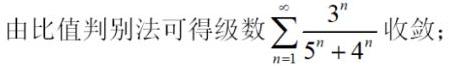
由比值判别法可得级数$\sum_{n = 1}^{\infty} \frac{3^{n}}{5^{n} + 4^{n}}$收敛；